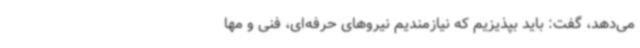
می‌دهد، گفت: باید بپذیزیم که نیازمندیم نیروهای حرفه‌ای، فنی و مها